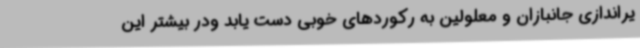
یراندازی جانبازان و معلولین به رکوردهای خوبی دست یابد ودر بیشتر این